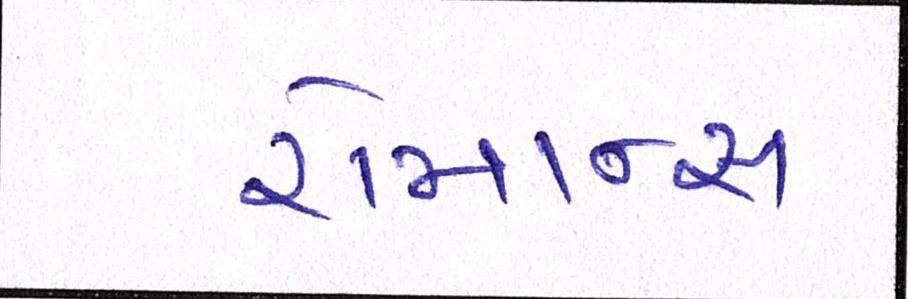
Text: રોમાન્સ